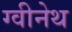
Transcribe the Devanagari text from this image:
ग्वीनेथ